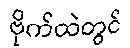
ဗိုက်ထဲတွင်